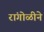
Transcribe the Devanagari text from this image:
रांंगोळीने